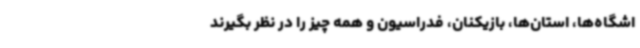
اشگاه‌ها، استان‌ها، بازیکنان، فدراسیون و همه چیز را در نظر بگیرند